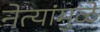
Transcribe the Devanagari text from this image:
नेत्यांमुळे